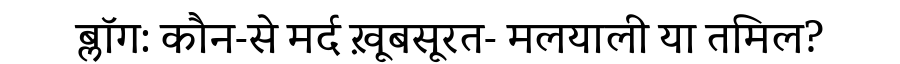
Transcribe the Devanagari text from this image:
ब्लॉग: कौन-से मर्द ख़ूबसूरत- मलयाली या तमिल?